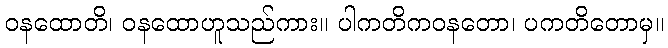
ဝနထောတိ၊ ဝနထောဟူသည်ကား။ ပါကတိကဝနတော၊ ပကတိတောမှ။